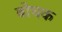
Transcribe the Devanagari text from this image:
बोचक